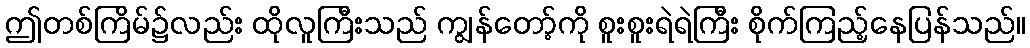
ဤတစ်ကြိမ်၌လည်း ထိုလူကြီးသည် ကျွန်တော့်ကို စူးစူးရဲရဲကြီး စိုက်ကြည့်နေပြန်သည်။